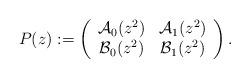
LaTeX: \begin{align*}P(z) := \left ( \begin{array}{cc} \mathcal{A}_{0} (z^2) & \mathcal{A}_{1} (z^2) \\ \mathcal{B}_{0} (z^2) & \mathcal{B}_{1} (z^2) \\ \end{array} \right ) .\end{align*}